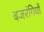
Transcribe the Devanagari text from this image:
बजरंगियों